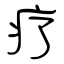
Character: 疗